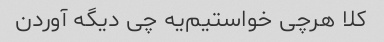
کلا هرچی خواستیم‌یه چی دیگه آوردن‌